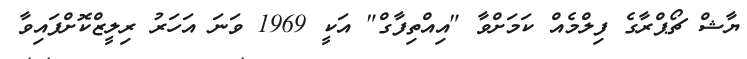
ޔާޝް ޗޯޕްރާގެ ފިލްމެއް ކަމަށްވާ "އިއްތިފާގް" އަކީ 1969 ވަނަ އަހަރު ރިލީޒްކޮށްފައިވާ